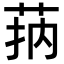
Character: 𦮾